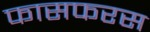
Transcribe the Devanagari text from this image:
फासफरस